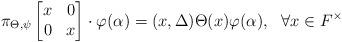
LaTeX: \begin{align*} \pi_{\Theta,\psi} \begin{bmatrix}x&0\\0&x \end{bmatrix} \cdot \varphi(\alpha) = (x,\Delta) \Theta(x) \varphi(\alpha), \ \ \forall x\in F^{\times} \end{align*}